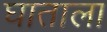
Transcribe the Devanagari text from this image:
घाताला